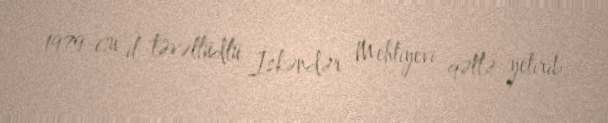
1979-cu il təvəllüdlü İskəndər Mehtiyevi qətlə yetirib.